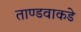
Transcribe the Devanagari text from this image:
ताण्डवाकडे